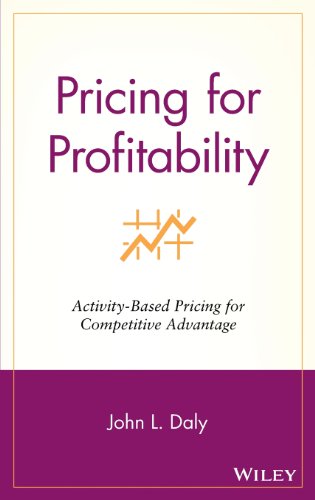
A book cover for Pricing for Profitability: Activity-Based Pricing for Competitive Advantage; John L. Daly; Business & Money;